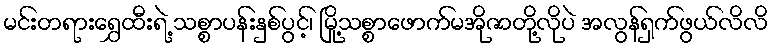
မင်းတရားရွှေထီးရဲ့ သစ္စာပန်းနှစ်ပွင့်၊ မြို့သစ္စာဖောက်မအိုဇာတို့လိုပဲ အလွန်ရှက်ဖွယ်လိလိ